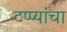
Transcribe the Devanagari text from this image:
टप्प्यांचा